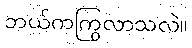
ဘယ်ကကြွလာသလဲ။